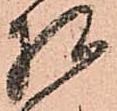
相